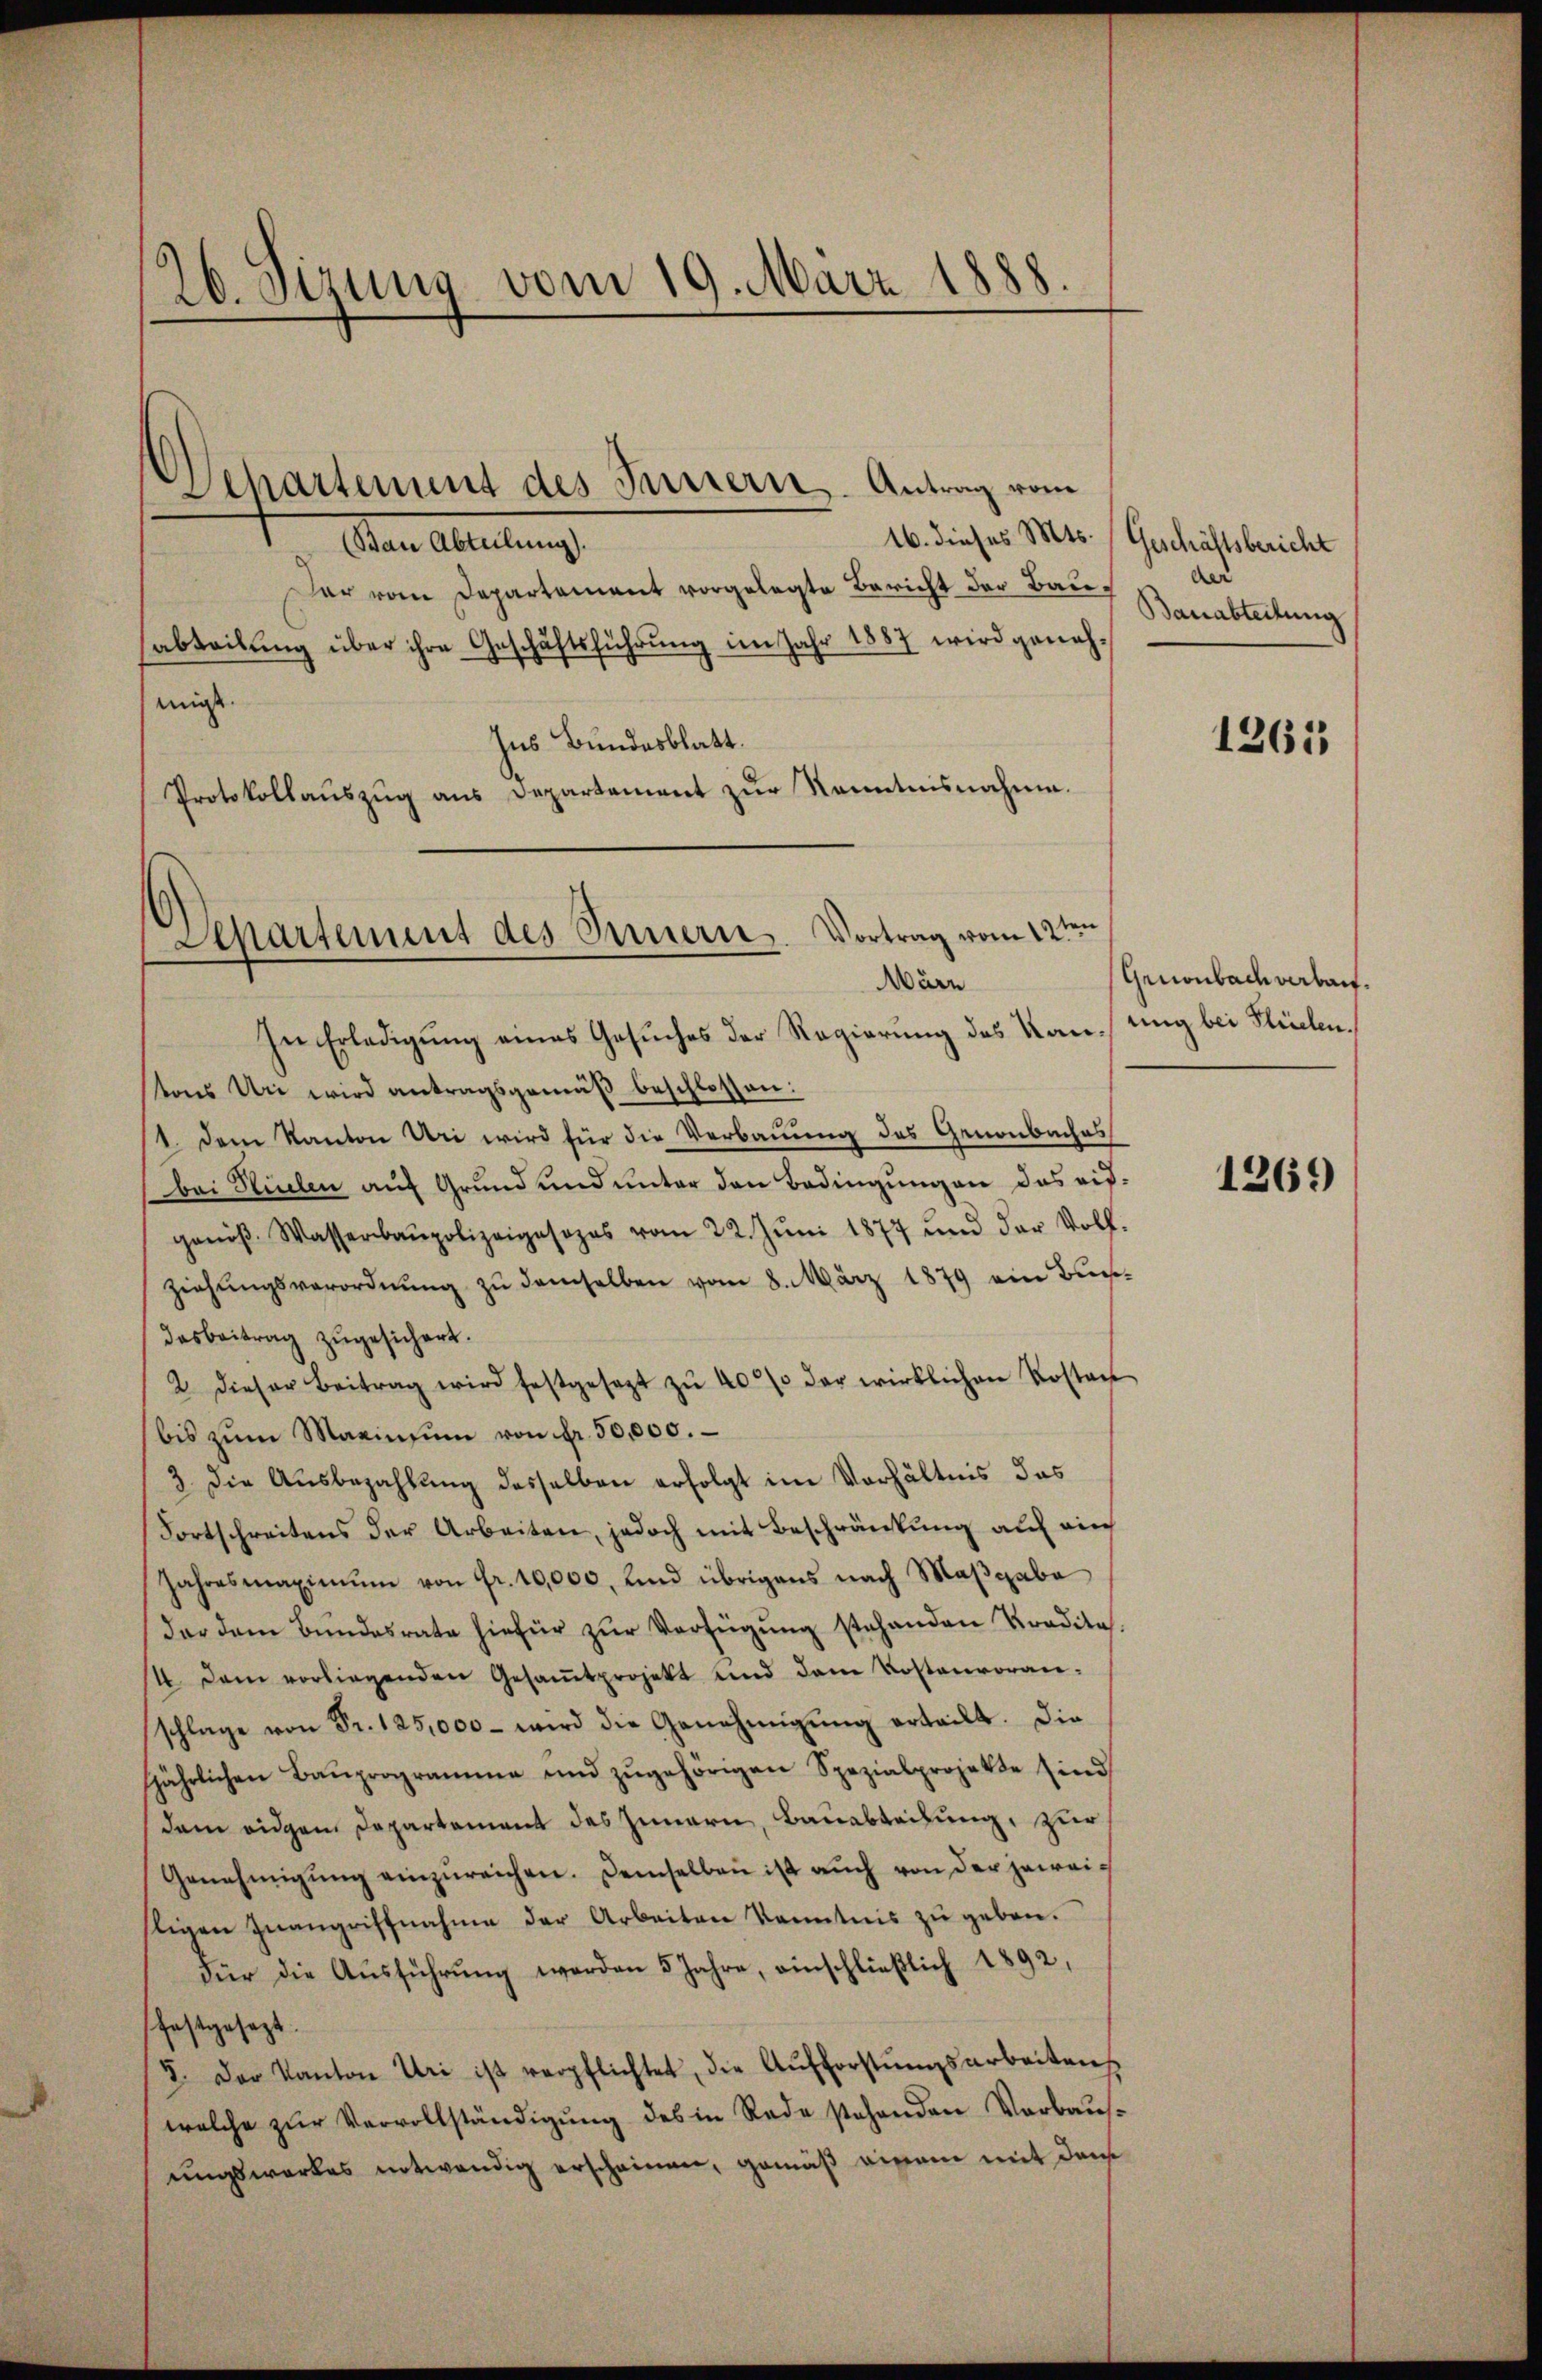
26. Sizung vom 19. März 1888.

migt.

16. dieses Mts. (Geschäftsbericht
Den Anleitung
Dar vom Departement vorgelegte Bericht der Bauabteilŭng über ihre Geschäftsführŭng im Jahr 1887 wird geneh-
Ins Bundesblatt.
Protokollauszug aus Departement zŭr Kenntnisnahme.

Departement des Furrern. Antrag vom

Departement des Innern. Vortrag vom 12ten
März

In Erledigung eines Gesuches der Regierung des Kausung bei Flüchen.
tons Uri wird antragsgemäβ beschlossen:
1. dem Kanton Uri wird für die Verbauung des Genonbaches
bei Hinten auf Grund und unter den Bedingungen das aifgeniβ. Wasserbaupolizeiposozas vom 22. Jŭni 1877 und der Voll-
ziehŭngsverordnŭng zu demselben vom 8. März 1879 ein Bundasbeitrag zugesichert.
2 dieser Beitrag wird festgesezt zŭ 40% der wirklichen Kostan
bis zŭm Marinsum von fr. 50,000.
3. Die Ausbezahlung desselben erfolgt im Verhältnis das
Fortschreitens der Arbeiten, jedoch mit Beschränkung auf auch
Jahresmaximum von Fr. 10,000, und übrigens nach Maßgabe
dar dem Bŭndesrate hiefür zŭr Verfügŭng stehenden Tradita
4. Dem vorliegenden Gesaṁtprojekt und dem Kostenvoranschlage von Fr. 125,000 - wird die Genehmigŭng erteilt. Die
jährlichen Baŭprogramme und zŭgehörigen Spezialprojekte sind
dem eidgen Departement des Innern, Bauabteilung, zur
Genehmigŭng einzŭreichen. Demselben ist auch von der jeweitigen Inangriffnahme der Arbeiten Kenntnis zu geben.
Für die Aŭsführŭng werden 5 Jahre, einschließlich 1892,
festgesezt.
8. Der Kanton Uri ist verpflichtet, die Aŭfforstŭngsarbeiten
welche zŭr Vervollständigung des in Rede stehenden Verbausungswerkes notwendig erscheinen, gemäß einem mit dem

der
Bauabteilung

1265

Gruonbach verbaut.

1269